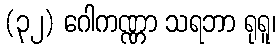
(၃၂) ဂေါကဏ္ဏာ သရဘာ ရုရူ၊